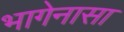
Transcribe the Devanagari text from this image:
भागेनासा